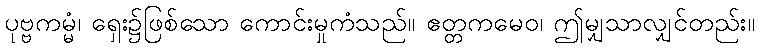
ပုဗ္ဗကမ္မံ၊ ရှေး၌ဖြစ်သော ကောင်းမှုကံသည်။ ဧတ္တကမေဝ၊ ဤမျှသာလျှင်တည်း။